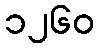
၁၂၆၀